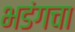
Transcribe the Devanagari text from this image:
भडंगचा